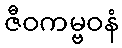
ဇီဝကမ္ဗဝနံ